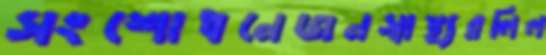
সংশোধনেজনস্বাস্থ্যরলিল